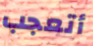
أتعجب